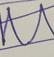
Signature authenticity: forged